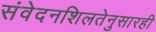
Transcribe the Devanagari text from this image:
संवेदनशिलतेनुसारही